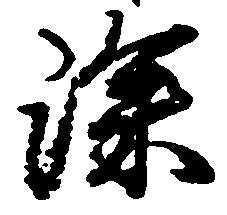
深